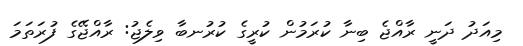
މިއަދު ދަނީ ރާއްޖެ ބިނާ ކުރަމުން ކުރީގެ ކުރުނބާ ވިލެޖު: ރާއްޖޭގެ ފުރަތަމަ